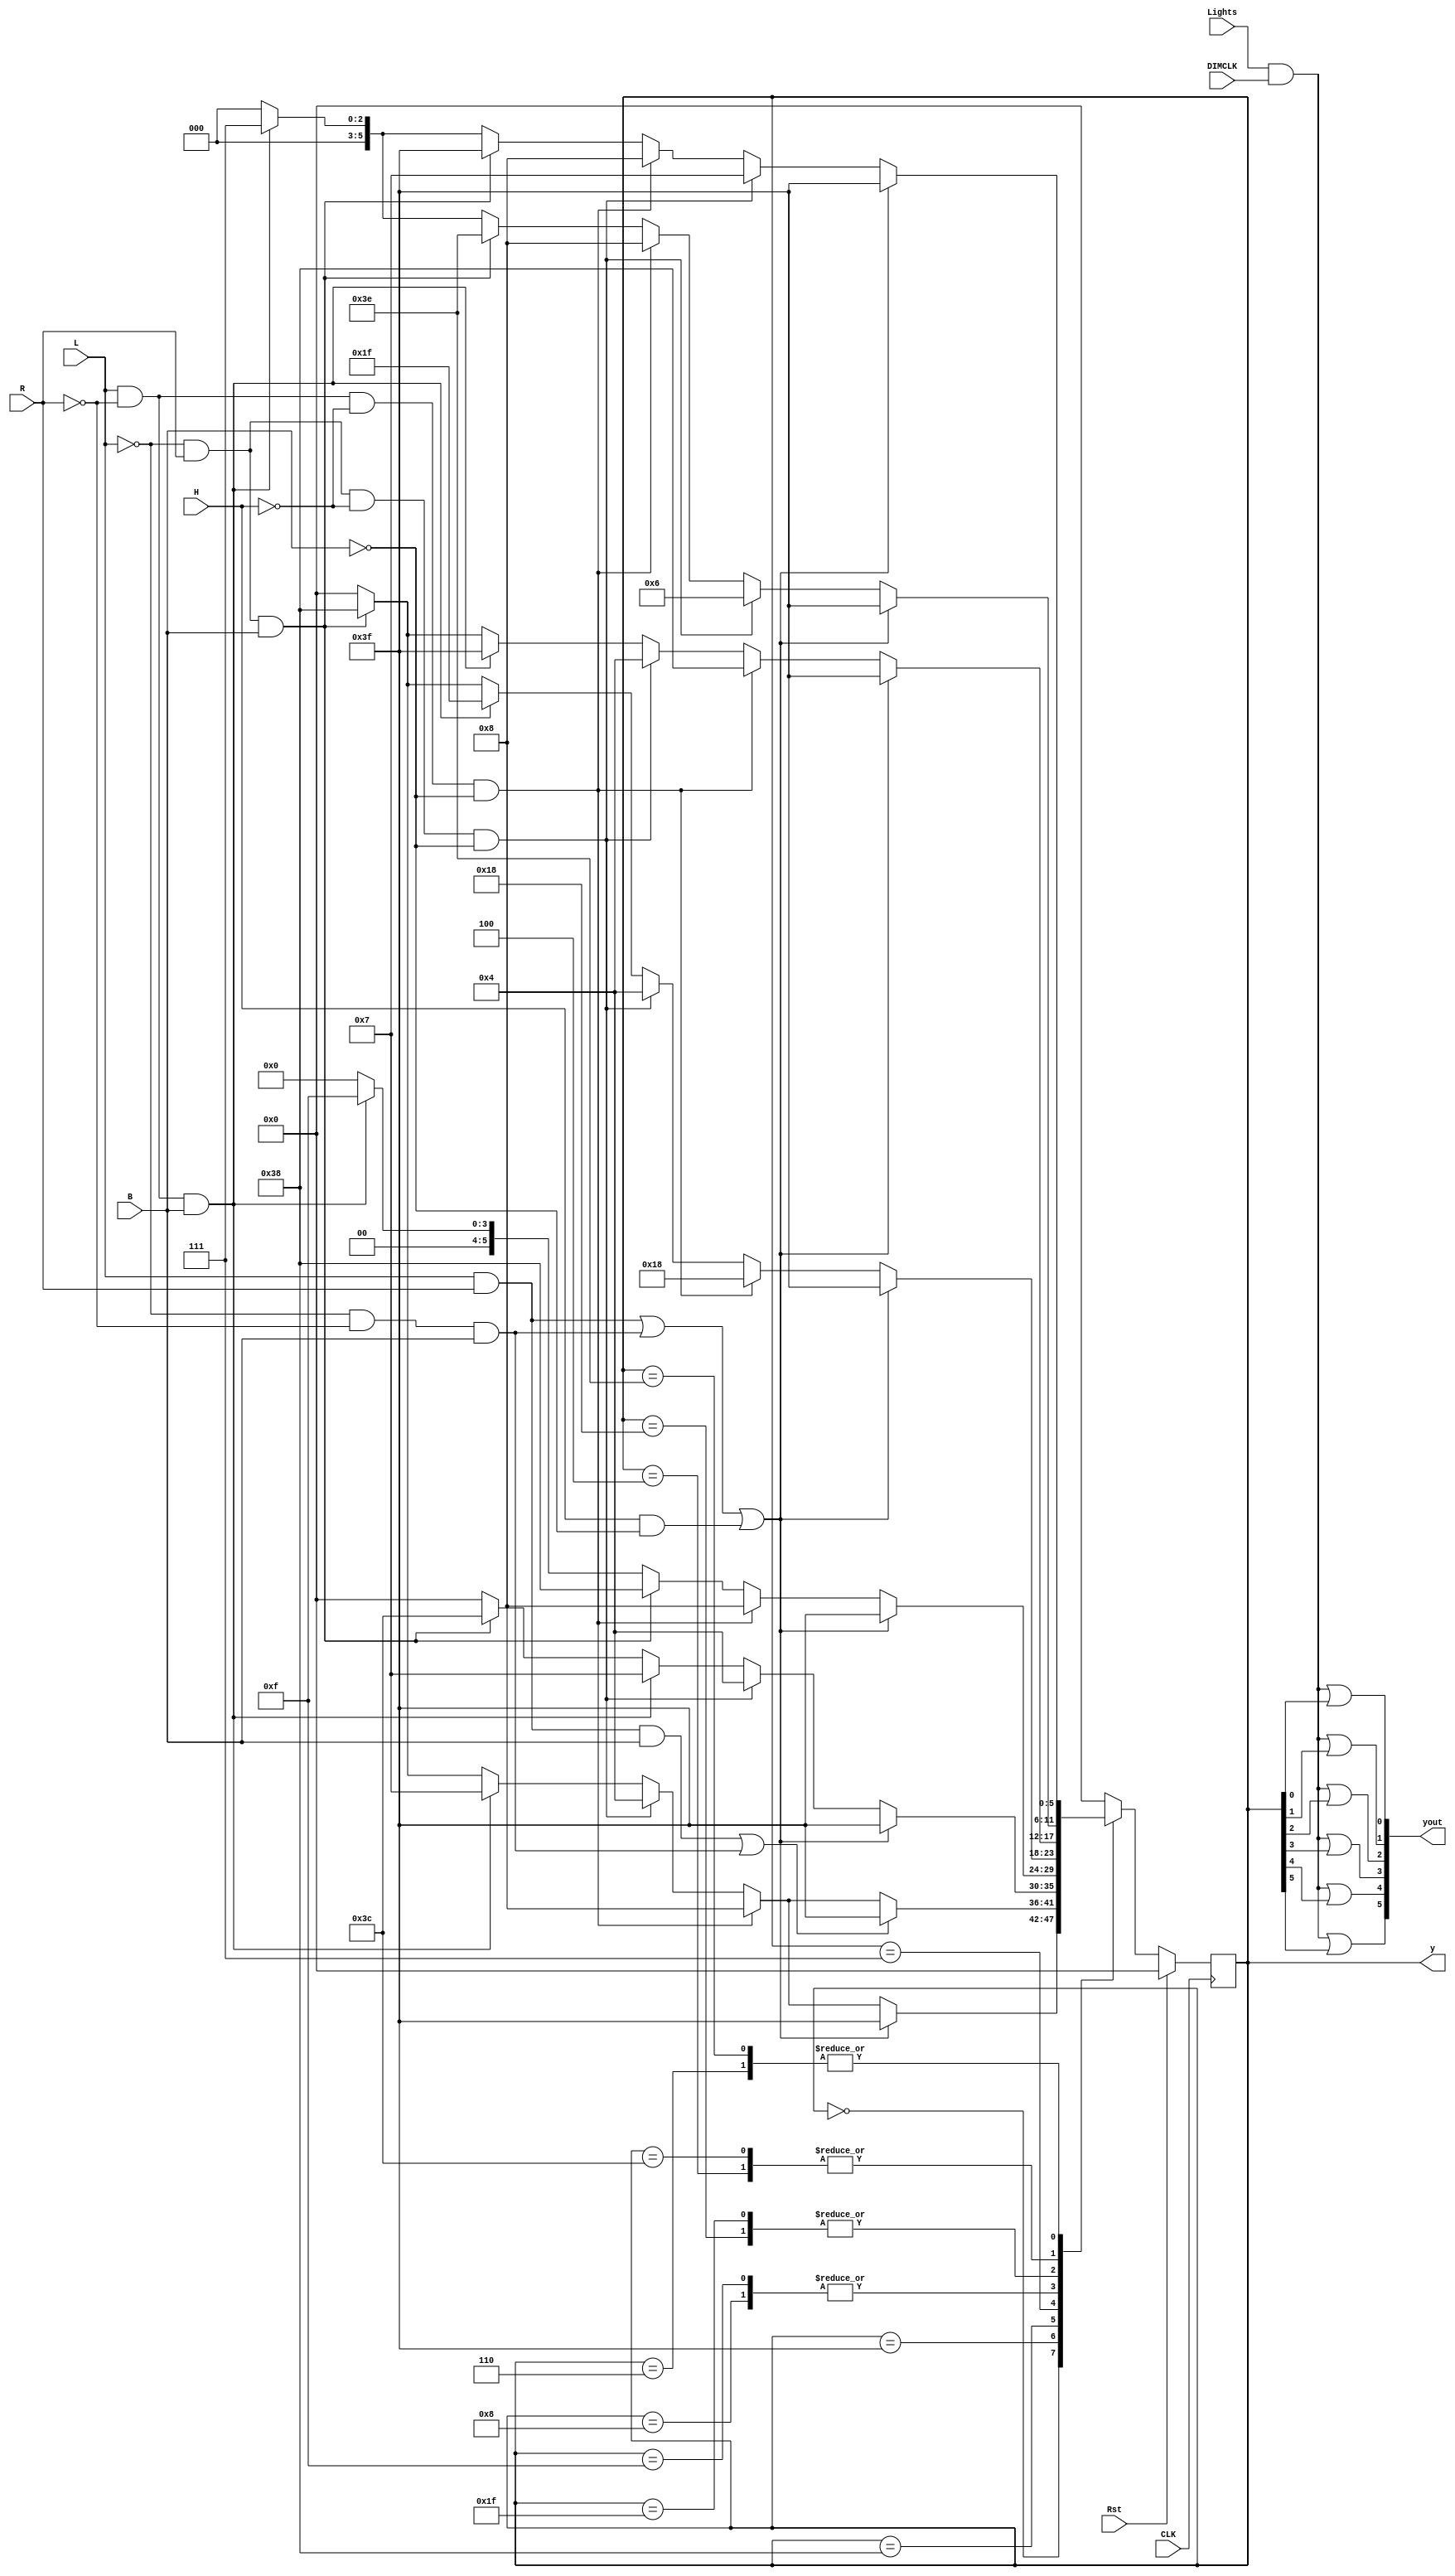
`timescale 1ns / 1ps
//////////////////////////////////////////////////////////////////////////////////
// Company: 
// Engineer: 
// 
// Design Name: 
// Module Name:    lights 
// Project Name: 
// Target Devices: 
// Tool versions: 
// Description: 
//
// Dependencies: 
//
// Revision: 
// Revision 0.01 - File Created
// Additional Comments: 
//
//////////////////////////////////////////////////////////////////////////////////
module lights(L, R, H, B, Rst, CLK, y, yout, Lights, DIMCLK);
	input L, R, H, B, Rst, CLK, Lights, DIMCLK;
	output [5:0] y, yout; 
	reg [5:0] y, y_next;
	parameter off = 6'b000000, on = 6'b111111, 
				 l1 = 6'b001000, l2 = 6'b011000, l3 = 6'b111000, 
				 r1 = 6'b000100, r2 = 6'b000110, r3 = 6'b000111,
				 bl1 = 6'b001111, bl2 = 6'b011111, 
				 br1 = 6'b111100, br2 = 6'b111110;			
	
	//flip flop logic
	always @(posedge CLK)
		if (Rst)
			y <= off;
		else
			y <= y_next;
	
	//next stage logic
	always @(y or L or R or H or B)
		case (y)
			off: 
				if ((L && R) || (!L && !R && B) || (H && !B)) // brake, hazard; 11XX, 00X1, XX10
					y_next <= on; 
				else if (L && !R && !H && !B) // first turn left; 1000
					y_next <= l1;
				else if (!L && R && !H && !B) // first turn right; 0100
					y_next <= r1;
				else if (L && !R && B) // brake and first turn left; 10X1
					y_next <= r3;
				else if (!L && R && B) // brake and first turn right; 01X1
					y_next <= l3;
				else
					y_next <= off; // do nothing
				
			on: 
				if ((L && R && B) || (!L && !R && B)) // still brake; 11X1, 00X1
					y_next <= on;
				else if (L && !R && !H && !B) // first turn left; 1000
					y_next <= l1;
				else if (!L && R && !H && !B) // first turn right; 0100
					y_next <= r1;
				else if (L && !R && B) // brake and first turn left; 10X1
					y_next <= r3;
				else if (!L && R && B) // brake and first turn right; 01X1
					y_next <= l3;
				else 
					y_next <= off; // hazard, off
					
			l1: 
				if ((L && R) || (!L && !R && B) || (H && !B)) // brake, hazard; 11XX, 00X1, XX10
					y_next <= on; 
				else if (L && !R && !H && !B) // second turn left; 1000
					y_next <= l2;
				else if (!L && R && !H && !B) // first turn right; 0100
					y_next <= r1;
				else if (L && !R && B) // brake and second turn left; 10X1
					y_next <= bl2;
				else if (!L && R && B) // brake and first turn right; 01X1
					y_next <= l3;
				else
					y_next <= off; // off
				
			l2: 
				if ((L && R) || (!L && !R && B) || (H && !B)) // brake, hazard; 11XX, 00X1, XX10
					y_next <= on; 
				else if (L && !R && !H && !B) // third turn left; 1000
					y_next <= l3;
				else if (!L && R && !H && !B) // first turn right; 0100
					y_next <= r1;
				else if (L && !R && B) // brake and third turn left; 10X1
					y_next <= on;
				else if (!L && R && B) // brake and first turn right; 01X1
					y_next <= l3;
				else
					y_next <= off; // off
			
			l3:
				if ((L && R) || (!L && !R && B) || (H && !B)) // brake, hazard; 11XX, 00X1, XX10
					y_next <= on; 
				else if (!L && R && !H && !B) // first turn right; 0100
					y_next <= r1;
				else if (L && !R && B) // brake and reset turn left; 10X1
					y_next <= r3;
				else if (!L && R && B) // brake and first turn right; 01X1
					y_next <= br1;
				else
					y_next <= off; // reset turn left, off
			
			r1: 
				if ((L && R) || (!L && !R && B) || (H && !B)) // brake, hazard; 11XX, 00X1, XX10
					y_next <= on; 
				else if (!L && R && !H && !B) // second turn right; 0100
					y_next <= r2;
				else if (L && !R && !H && !B) // first turn left; 1000
					y_next <= l1;
				else if (!L && R && B) // brake and second turn right; 01X1
					y_next <= br2;
				else if (L && !R && B) // brake and first turn left; 10X1
					y_next <= r3;
				else
					y_next <= off; // off
				
			r2: 
				if ((L && R) || (!L && !R && B) || (H && !B)) // brake, hazard; 11XX, 00X1, XX10
					y_next <= on; 
				else if (!L && R && !H && !B) // third turn right; 0100
					y_next <= r3;
				else if (L && !R && !H && !B) // first turn left; 1000
					y_next <= l1;
				else if (!L && R && B) // brake and third turn right; 01X1
					y_next <= on;
				else if (L && !R && B) // brake and first turn left; 10X1
					y_next <= r3;
				else
					y_next <= off; // off
			
			r3:
				if ((L && R) || (!L && !R && B) || (H && !B)) // brake, hazard; 11XX, 00X1, XX10
					y_next <= on; 
				else if (L && !R && !H && !B) // first turn left; 1000
					y_next <= l1;
				else if (!L && R && B) // brake and reset turn right; 01X1;
					y_next <= l3;
				else if (L && !R && B) // brake and first turn left; 10X1;
					y_next <= bl1;
				else
					y_next <= off; // reset turn right, off
					
			
			bl1: 
				if ((L && R) || (!L && !R && B) || (H && !B)) // brake, hazard; 11XX, 00X1, XX10
					y_next <= on; 
				else if (L && !R && !H && !B) // second turn left; 1000
					y_next <= l2;
				else if (!L && R && !H && !B) // first turn right; 0100
					y_next <= r1;
				else if (L && !R && B) // brake and second turn left; 10X1
					y_next <= bl2;
				else if (!L && R && B) // brake and first turn right; 01X1
					y_next <= l3;	
				else
					y_next <= off; // off
					
			bl2: 
				if ((L && R) || (!L && !R && B) || (H && !B)) // brake, hazard; 11XX, 00X1, XX10
					y_next <= on; 
				else if (L && !R && !H && !B) // third turn left; 1000
					y_next <= l3;
				else if (!L && R && !H && !B) // first turn right; 0100
					y_next <= r1;
				else if (L && !R && B) // brake and third turn left; 10X1
					y_next <= on;
				else if (!L && R && B) // brake and first turn right; 01X1
					y_next <= l3;	
				else
					y_next <= off; // off	
			
					
			br1: 
				if ((L && R) || (!L && !R && B) || (H && !B)) // brake, hazard; 11XX, 00X1, XX10
					y_next <= on; 
				else if (!L && R && !H && !B) // second turn right; 0100
					y_next <= r2;
				else if (L && !R && !H && !B) // first turn left; 0111
					y_next <= l1;
				else if (!L && R && B) // brake and second turn right; 01X1
					y_next <= br2;
				else if (L && !R && B) // brake and first turn left; 10X1
					y_next <= r3;	
				else
					y_next <= off; // off
					
			br2: 
				if ((L && R) || (!L && !R && B) || (H && !B)) // brake, hazard; 11XX, 00X1, XX10
					y_next <= on; 
				else if (!L && R && !H && !B) // third turn right; 0100
					y_next <= r3;
				else if (L && !R && !H && !B) // first turn left; 1000
					y_next <= l1;
				else if (!L && R && B) // brake and third turn right; 01X1
					y_next <= on;
				else if (L && !R && B) // brake and first turn left; 10X1
					y_next <= r3;	
				else
					y_next <= off; // off	

    default: y_next <= off;

		endcase
	
	assign yout[0] = (Lights && DIMCLK) || y[0];
	assign yout[1] = (Lights && DIMCLK) || y[1];
	assign yout[2] = (Lights && DIMCLK) || y[2];
	assign yout[3] = (Lights && DIMCLK) || y[3];
	assign yout[4] = (Lights && DIMCLK) || y[4];
	assign yout[5] = (Lights && DIMCLK) || y[5];
	
	
endmodule